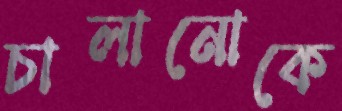
চালানোকে